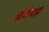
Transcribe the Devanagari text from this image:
दाँगीपाड़ा